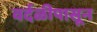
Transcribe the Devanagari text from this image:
वर्दळीपासून